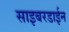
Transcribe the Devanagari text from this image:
साइबरडाईन